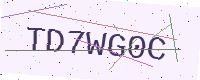
Text: TD7WG0C